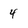
Character: 4